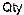
QTY